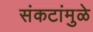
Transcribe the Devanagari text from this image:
संकटांमुळे